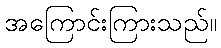
အကြောင်းကြားသည်။